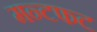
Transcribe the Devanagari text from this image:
मन्टफट